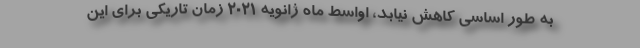
به طور اساسی کاهش نیابد، اواسط ماه ژانویه ۲۰۲۱ زمان تاریکی برای این